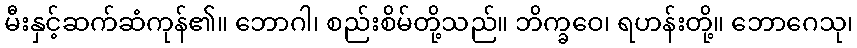
မီးနှင့်ဆက်ဆံကုန်၏။ ဘောဂါ၊ စည်းစိမ်တို့သည်။ ဘိက္ခဝေ၊ ရဟန်းတို့။ ဘောဂေသု၊